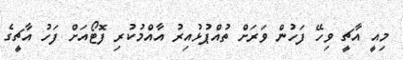
މިއީ އާޗީ ވިހޭ ފަހުން ވަރަށް ތުއްޕުޅުއިރު އާއްމުކުރި ފޮޓޯއަށް ފަހު އާޗީގެ